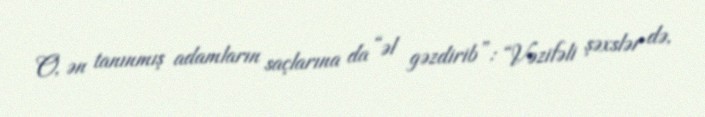
O, ən tanınmış adamların saçlarına da “əl gəzdirib”: “Vəzifəli şəxslər də,